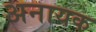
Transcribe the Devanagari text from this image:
अनायक